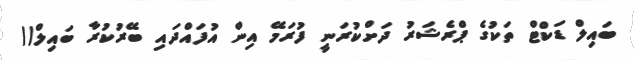
ބައިލް ޑަކްޓް ތަކުގެ ޕްރެޝަރު ދަށްކުރަނީ ފުރަމޭ އިން އުފައްދައި ބޭރުކުރާ ބައިލް()